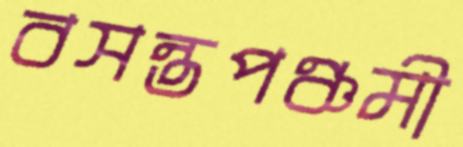
বসন্তপঞ্চমী